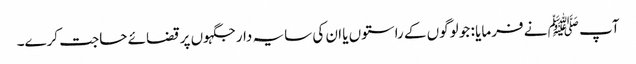
آپ ﷺ نے فرمایا : جو لوگوں کے راستوں یا ان کی سایہ دار جگہوں پر قضائے حاجت کرے۔